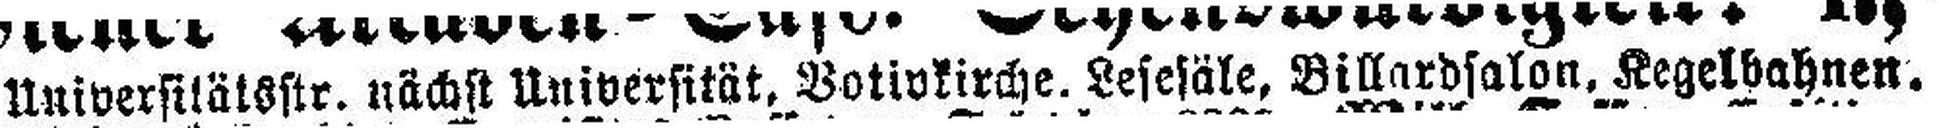
Universitätsstr. nächst Universität, Botivkirche. Lesesäle, Billardsalon, Kegelbahnen.